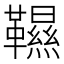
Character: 韅